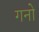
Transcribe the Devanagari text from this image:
गनो